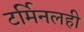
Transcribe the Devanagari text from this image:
टर्मिनलही